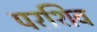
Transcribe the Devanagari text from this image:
परशिव